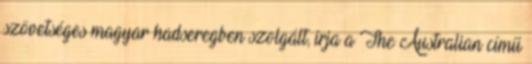
szövetséges magyar hadseregben szolgált, írja a The Australian című